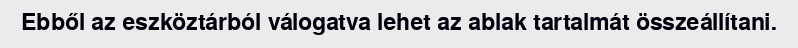
Ebből az eszköztárból válogatva lehet az ablak tartalmát összeállítani.